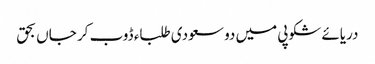
دریائے شکوپی میں دو سعودی طلباء ڈوب کر جاں بحق